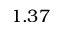
1 . 3 7